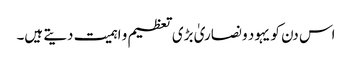
اس دن کو یہود و نصاریٰ بڑی تعظیم و اہمیت دیتے ہیں۔